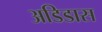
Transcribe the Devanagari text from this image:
अडिडास